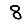
Digit: 8